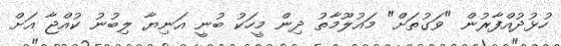
ހުޅުދުއްފާރުން "ވަގުތަށް" މައުލޫމާތު ދިން މީހަކު ބުނީ އަނިޔާ ލިބުނު ކުއްޖާ އަށް